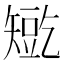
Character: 𰦛